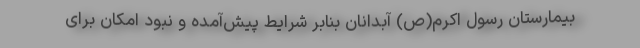
بیمارستان رسول اکرم(ص) آبدانان بنابر شرایط پیش‌آمده و نبود امکان برای